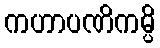
ကဟာပဏိကမ္ပိ